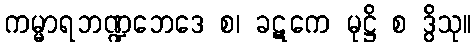
ကမ္မာရဘဏ္ဍဘေဒေ စ၊ ခဋကေ မုဋ္ဌိ စ ဒွိသု။